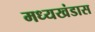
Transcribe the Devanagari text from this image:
मध्यखंडास